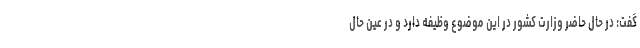
گفت: در حال حاضر وزارت کشور در این موضوع وظیفه دارد و در عین حال